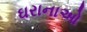
ઘરાનાઓ